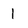
Character: 1